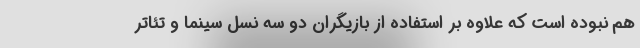
هم نبوده است که علاوه بر استفاده از بازیگران دو سه نسل سینما و تئاتر